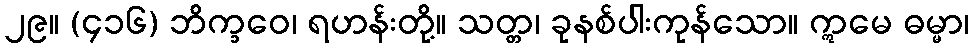
၂၉။ (၄၁၆) ဘိက္ခဝေ၊ ရဟန်းတို့။ သတ္တ၊ ခုနစ်ပါးကုန်သော။ ဣမေ ဓမ္မာ၊